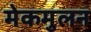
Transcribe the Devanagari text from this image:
मेकमुलन